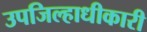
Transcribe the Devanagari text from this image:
उपजिल्हाधीकारी